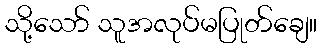
သို့သော် သူအလုပ်မပြုတ်ချေ။